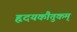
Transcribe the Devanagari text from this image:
हृदयकौतुकम्‌